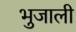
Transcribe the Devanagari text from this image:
भुजाली